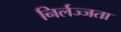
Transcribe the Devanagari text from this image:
निर्लज्जता